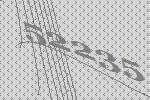
52235